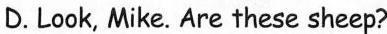
D.Look, Mike. Are these sheep?